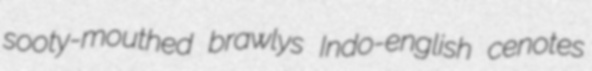
sooty-mouthed brawlys Indo-english cenotes